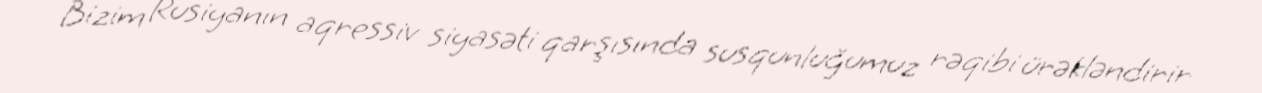
Bizim Rusiyanın aqressiv siyasəti qarşısında susqunluğumuz rəqibi ürəkləndirir